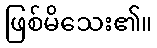
ဖြစ်မိသေး၏။